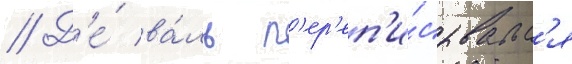
// Д'е́ ва́ль п'ер'еп'и́сывалс'я